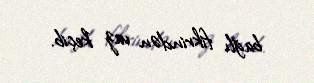
bağlı fikrindən vaz keçib.